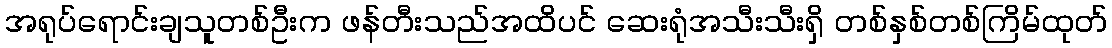
အရုပ်ရောင်းချသူတစ်ဦးက ဖန်တီးသည်အထိပင် ဆေးရုံအသီးသီးရှိ တစ်နှစ်တစ်ကြိမ်ထုတ်